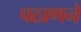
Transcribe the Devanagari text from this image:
पठाणने